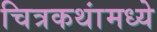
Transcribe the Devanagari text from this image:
चित्रकथांमध्ये